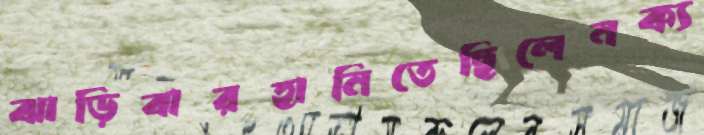
ঝাড়িবারহানিতেছিলেনক্য